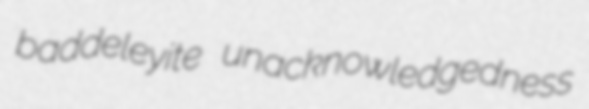
baddeleyite unacknowledgedness